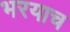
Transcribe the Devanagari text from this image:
भरयाच